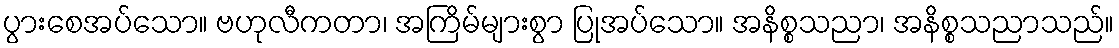
ပွားစေအပ်သော။ ဗဟုလီကတာ၊ အကြိမ်များစွာ ပြုအပ်သော။ အနိစ္စသညာ၊ အနိစ္စသညာသည်။